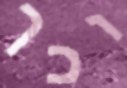
וכך